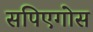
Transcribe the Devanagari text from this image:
सपिएगोस